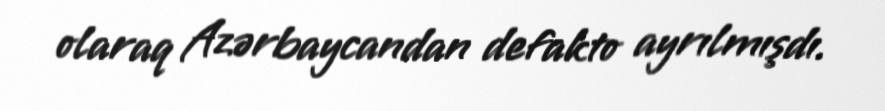
olaraq Azərbaycandan defakto ayrılmışdı.